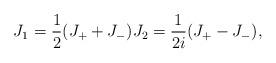
LaTeX: \begin{align*}J_{1}=\frac{1}{2}(J_{+}+J_{-})J_{2}=\frac{1}{2i}(J_{+}-J_{-}),\end{align*}